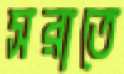
সরাতে